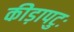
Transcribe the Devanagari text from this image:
कीड़ापटुः